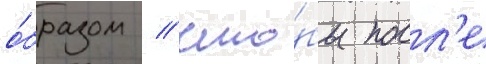
о́бразом / что́бы посл'е